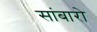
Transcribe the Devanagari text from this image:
सांबारो